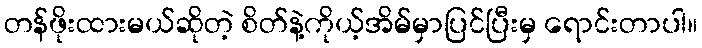
တန်ဖိုးထားမယ်ဆိုတဲ့ စိတ်နဲ့ကိုယ့်အိမ်မှာပြင်ပြီးမှ ရောင်းတာပါ။